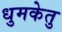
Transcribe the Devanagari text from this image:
धुमकेतु